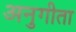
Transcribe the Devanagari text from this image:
अनुगीता